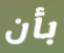
بأن